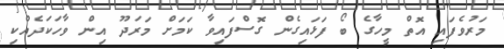
މަރުވެފައި އޮތް މީހާގެ ބޯ ފަޅައިގެން ގޮސްފައިވާ ކަމަށް މަރަދޫ އިން ވާހަކަދެއްކި